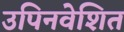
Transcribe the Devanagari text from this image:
उपिनवेशित